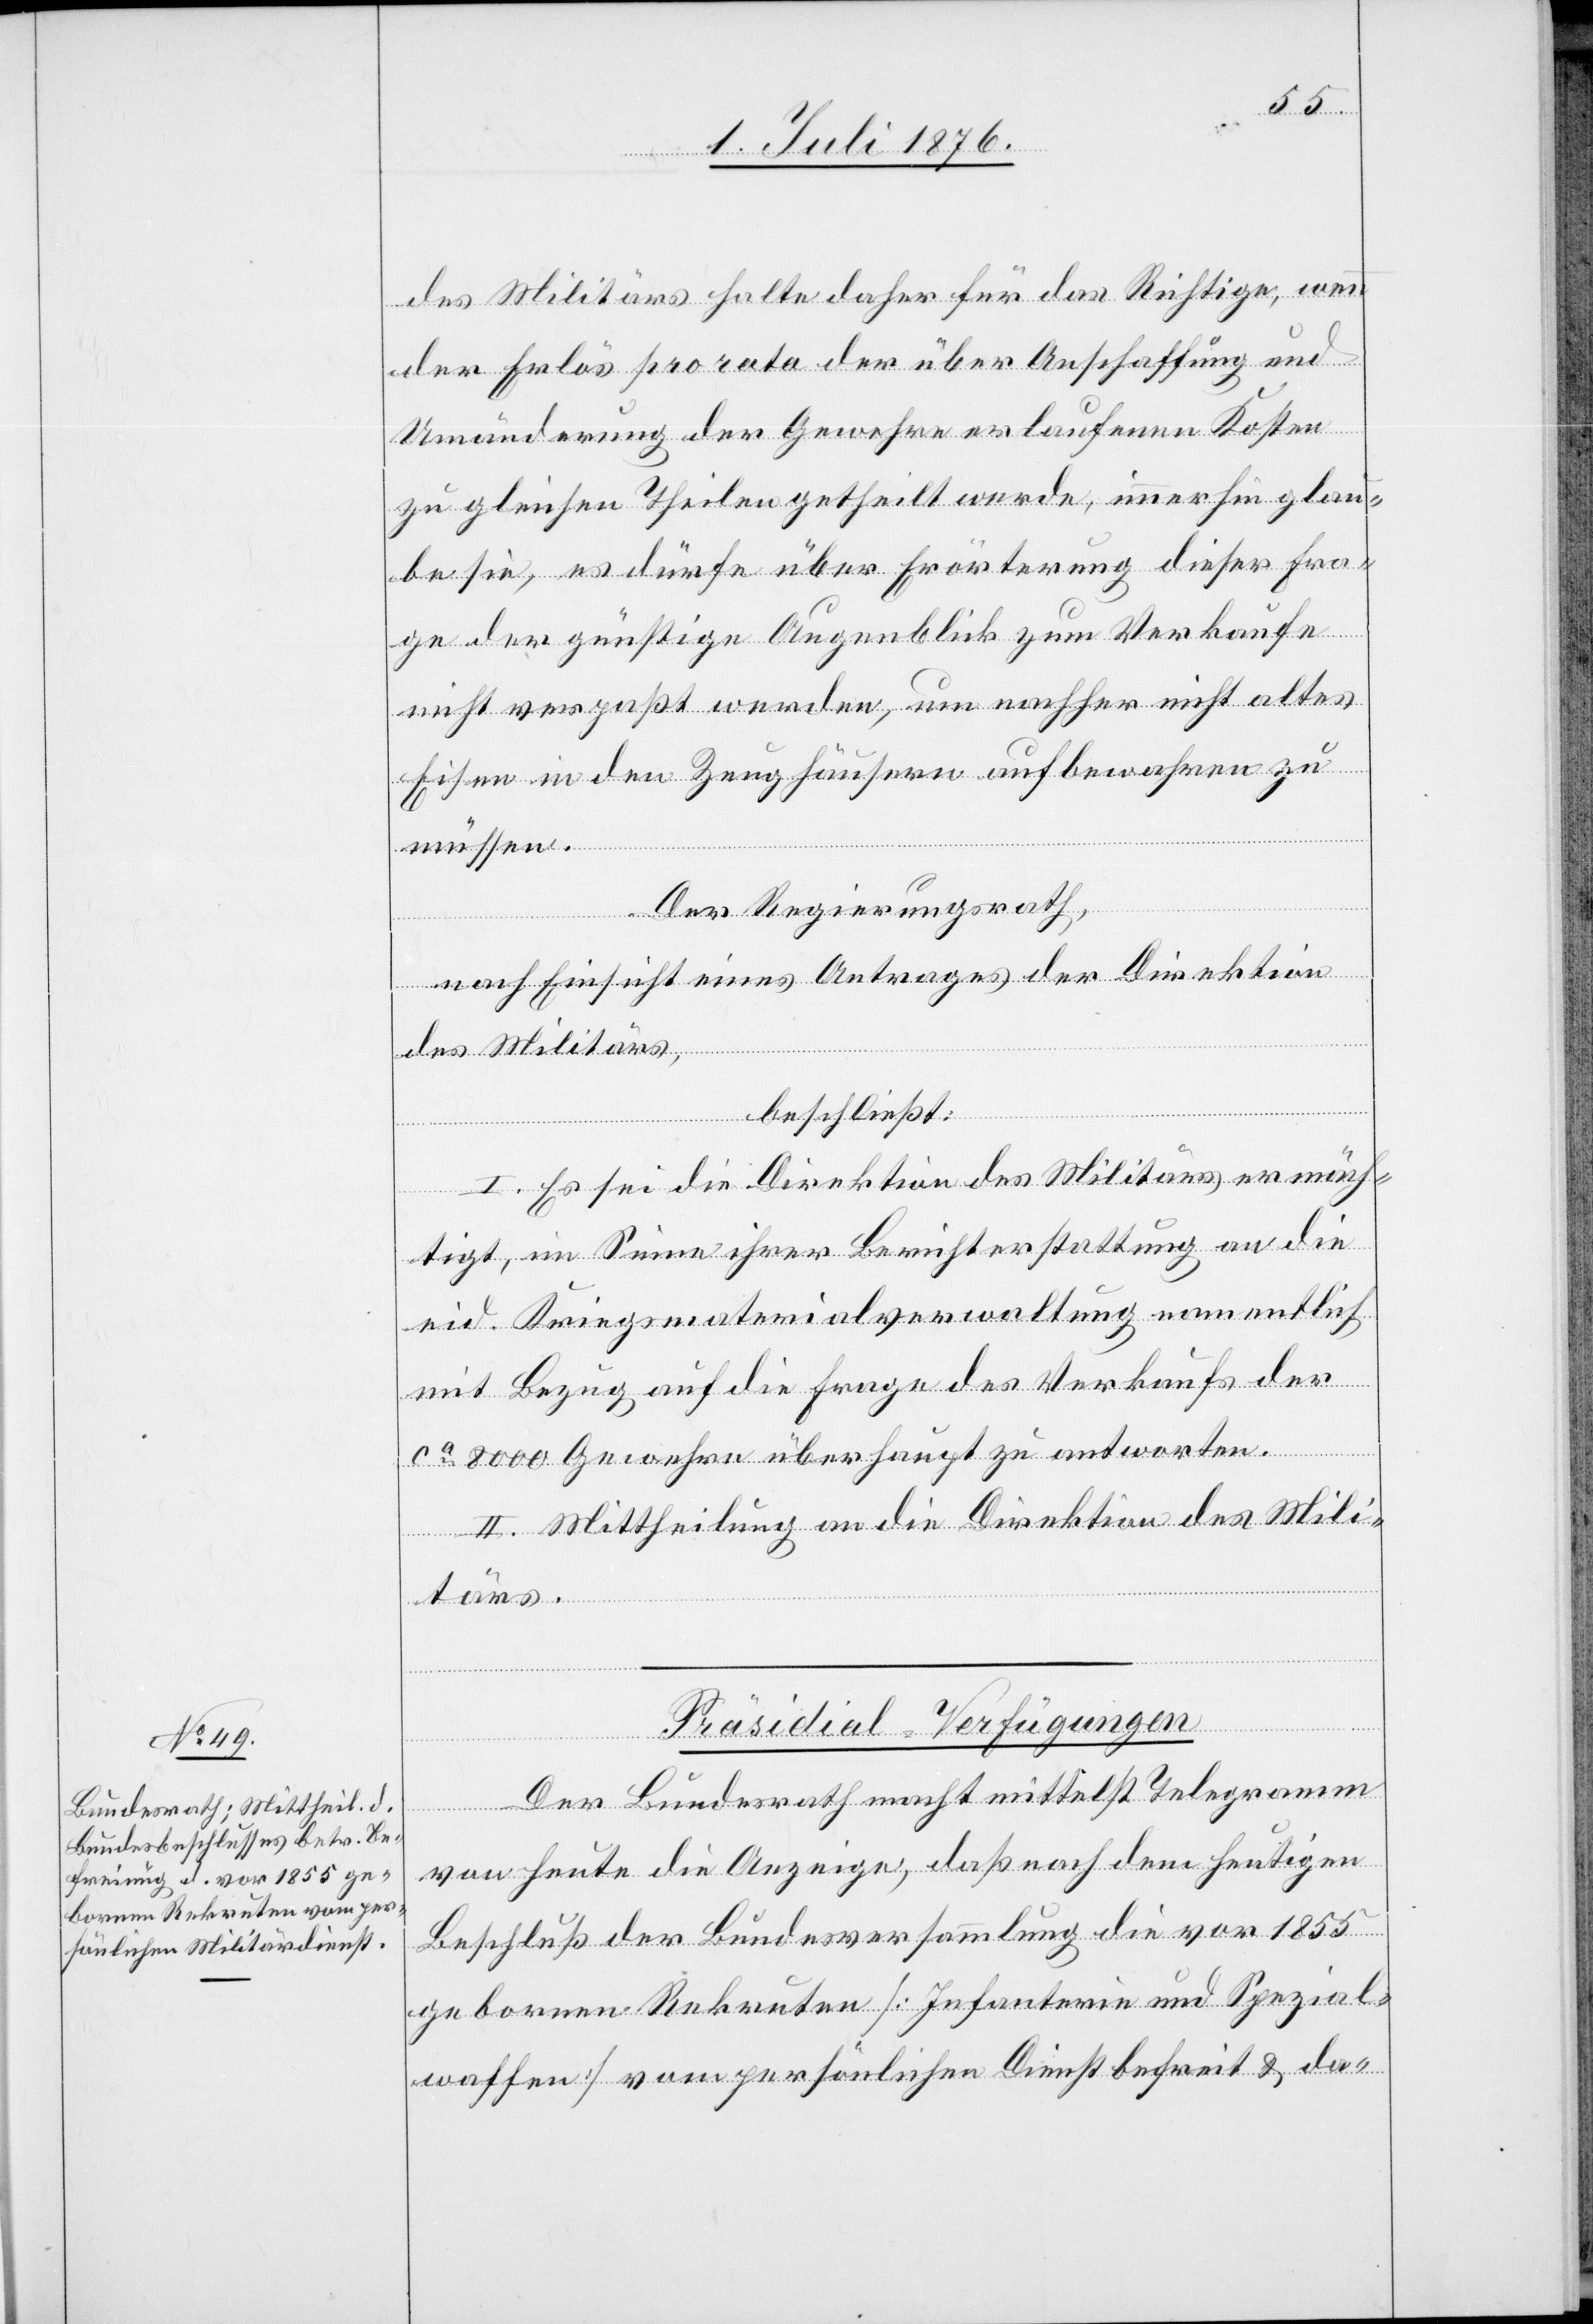
[5. Juli 1876]
des Militärs halte daher für das Richtige, wenn
der Erlös pro rato der über Anschaffung und
Umänderung der Gewehre erlaufenen Kosten
zu gleichen Theilen getheilt werde, immerhin glau¬
be sie, es dürfe über Erörterung dieser Fra¬
ge der günstige Augenblick zum Verkaufe
nicht verpaßt werden, um nachher nicht altes
Eisen in den Zeughäusern aufbewahren zu
müssen.
Der Regierungsrath,
nach Einsicht eines Antrages der Direktion
des Militärs,
beschließt:
I. Es sei die Direktion des Militärs ermäch¬
tigt, im Sinne ihrer Berichterstattung an die
eid. Kriegsmaterialverwaltung namentlich
Bezug auf die Frage des Verkaufs der
ca 8000 Gewehre überhaupt zu antworten.
II. Mittheilung an die Direktion des Mili¬
tärs.
Präsidial-Verfügungen
Der Bundesrath macht mittelst Telegramm
von heute die Anzeige, das nach dem heutigen
Beschluß der Bundesversammlung die vor 1855
geborenen Rekruten [Infanterie und Spezial¬
waffen] vom persönlichen Dienst befreit & da-